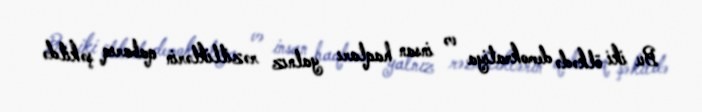
Bu iki ölkədə demokratiya və insan haqları yalnız rəzilliklərin qabarıq şəkildə